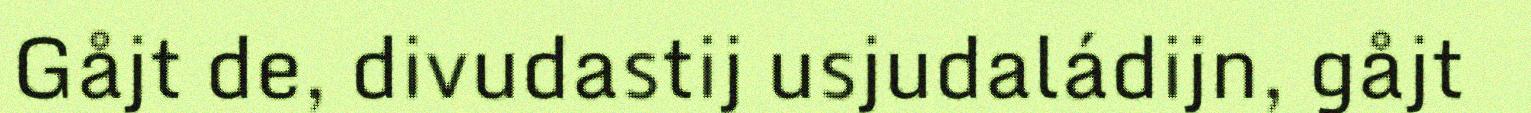
Gåjt de, divudastij usjudaládijn, gåjt